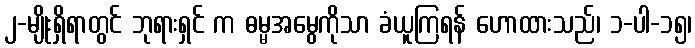
၂-မျိုးရှိရာတွင် ဘုရားရှင် က ဓမ္မအမွေကိုသာ ခံယူကြရန် ဟောထားသည်၊ ၁-ပါ-၁၅၊